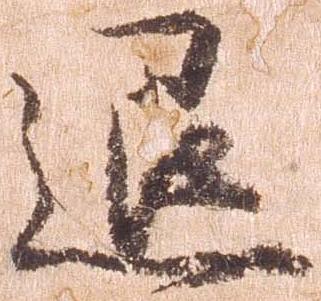
退